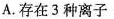
A.存在3种离子